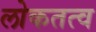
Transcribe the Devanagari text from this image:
लोकतत्‍व